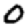
Digit: 0